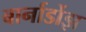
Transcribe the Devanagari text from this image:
बार्नार्डोझ